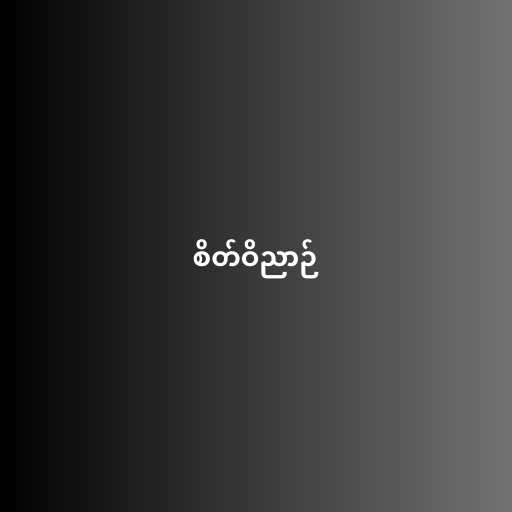
စိတ်ဝိညာဉ်